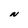
Character: N